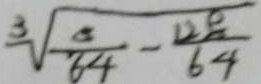
\sqrt [ 3 ] { \frac { 6 } { 6 4 } - \frac { 1 2 8 } { 6 4 } }